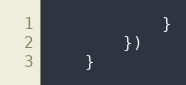
Language: JavaScript
            }
        })
    }